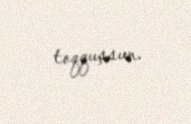
toqquşsun.